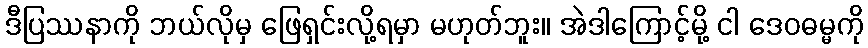
ဒီပြဿနာကို ဘယ်လိုမှ ဖြေရှင်းလို့ရမှာ မဟုတ်ဘူး။ အဲဒါကြောင့်မို့ ငါ ဒေဝဓမ္မကို